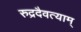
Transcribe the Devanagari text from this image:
रुद्रदैवत्याम्